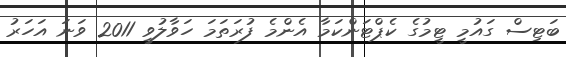
ބަޓިސް ގައުމީ ޓީމުގެ ކެޕްޓަންކަމާ އެންމެ ފުރަތަމަ ހަވާލުވީ 2011 ވަނަ އަހަރު